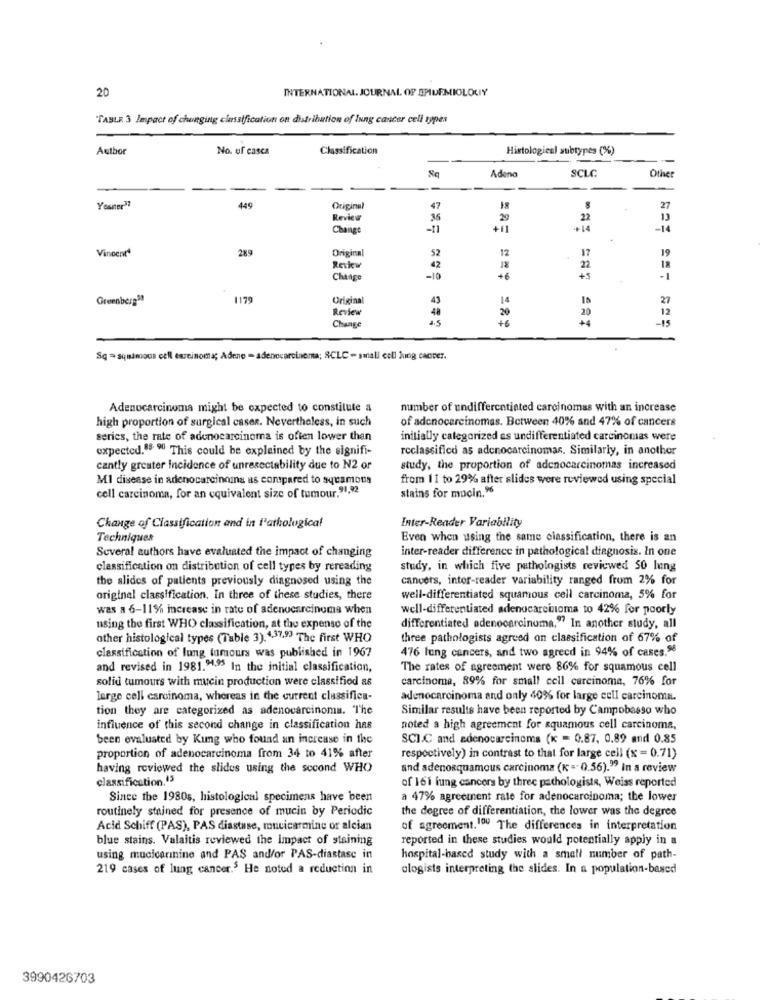
20
INTERNATIONAL JOURNAL OF EPIDEMIOLOGY
"TABLE 3 Impact of chunging classification on distribution of lung cancer cell types
Author
No. of casca
Classification
Histological subtypes (%)
Adeno
SCLC
Other
Youner37
449
Original
47
27
Review
36
29
22
Change
+11
+ 14
-14
Vincent4
289
Original
12
17
19
Review
42
22
18
Change
-10
+6
+ 5
-1
Greenberg99
1179
Original
4)
14
27
Review
48
20
20
12
-15
Change
Sq = squamous cell eszcinoma; Adene - adenocarcinoma; SCLC - small cell Jing cancer.
Adenocarcinoma might be expected to constitute a
number of undifferentiated carcinomas with an increase
high proportion of surgical caser. Nevertheless, in such
of adenocarcinomas. Between 40% and 47% of cancers
series, the rate of adenocarcinoma is often lower than
initially categorized as undifferentiated carcinomas were
expected."8 9 This could be explained by the signifi-
rcclassified as adenocarcinomas. Similarly, in another
cantly greater Incidence of unresectability due to N2 or
study, the proportion of adenocarcinomas increased
MI disease in adenocarcinoma as compared to squamous
from 11 to 29% after slides were reviewed using special
stains for mucin.96
cell carcinoma, for an equivalent size of tumour.91,92
Change of Classification and in Pathological
Inter-Reader Variability
Techniques
Even when using the same classification, there is an
Several authors have evaluated the impact of changing
inter-reader difference in pathological diagnosis. In one
classification on distribution of cell types by rereading
study, in which five pathologists reviewed 50 lung
the slides of patients previously diagnosed using the
canvers, inter-reader variability ranged from 2% for
original classification, In three of these studies, there
well-differentiated squamous cell carcinoma, 5% for
was a 6-11% increase in rate of adenocarcinoma when
well-differentiated adenocarcinoma to 42% for poorly
using the first WHO classification, at the expense of the
differentiated adenocarcinoma." In another study, all
other histological types (Table 3). 437.93 The first WHO
three pathologists agreed on classification of 67% of
classification of lung tumours was published in 1967
476 lung cancers, and two agreed in 94% of cases.98
and revised in 1981.94.95 In the initial classification,
The rates of agreement were 86% for squamous cell
solid tumours with mucin production were classified as
carcinoma, 89% for small cell carcinoma, 76% for
large cell carcinoma, whereas in the current classifica-
adenocarcinoma and only 40% for large cell carcinoma.
tion they are categorized as adenocarcinoma. The
Similar results have been reported by Campobasso who
influence of this second change in classification has
noted a high agreement for squamous cell carcinoma,
been evaluated by Kung who found an increase in the
SCI.C and adenocarcinoma (K = 0.87, 0.89 and 0.85
proportion of adenocarcinoma from 34 to 41% after
respectively) in contrast to that for large cell (x = 0.71)
having reviewed the slides using the second WHO
and adenosquamous carcinoma (x =" 0.56)." In a review
classification,15
of 161 lung cancers by three pathologists, Weiss reported
Since the 1980s, histological specimens have been
a 47% agreement rate for adenocarcinoma; the lower
routinely stained for presence of mucin by Periodic
the degree of differentiation, the lower was the degree
Acid Schiff (PAS), PAS diastase, mucicarmine or alcian
of agreement. 100 The differences in interpretation
blue stains. Valaitis reviewed the impact of staining
reported in these studies would potentially apply in a
using mucicarinine and PAS and/or PAS-diastase in
hospital-based study with a small number of path-
219 cases of lung cancer.5 He noted a reduction in
ologists interpreting the slides. In a population-based
3990426703